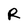
Character: R